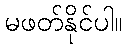
မဖတ်နိုင်ပါ။